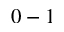
0 - 1